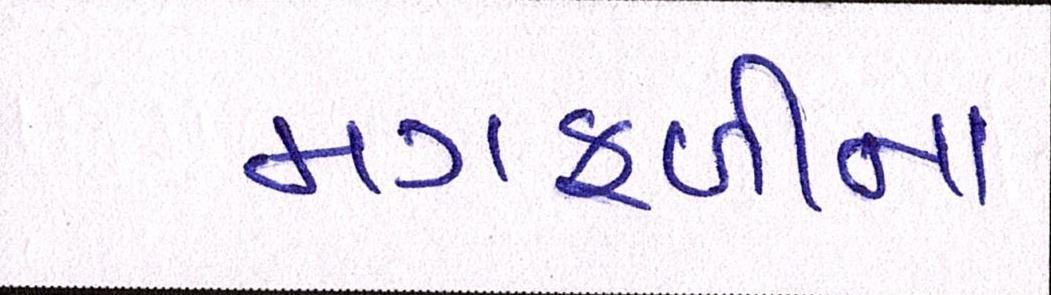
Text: મગફળીના